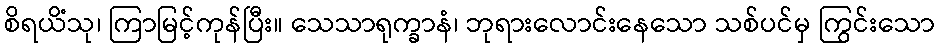
စိရယိံသု၊ ကြာမြင့်ကုန်ပြီး။ သေသာရုက္ခာနံ၊ ဘုရားလောင်းနေသော သစ်ပင်မှ ကြွင်းသော